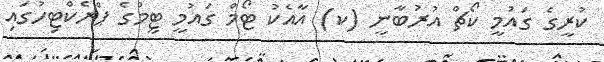
ކުރީގެ ގައުމީ ކޯޗް އުރުބާނީ (ކ) އާއެކު ޓޯމް ގައުމީ ޓީމުގެ ޕްރެކްޓިހުގައި